Report of the Indian Hemp Drugs Commission, 1894-1895 - Volume VI
Year: 1894
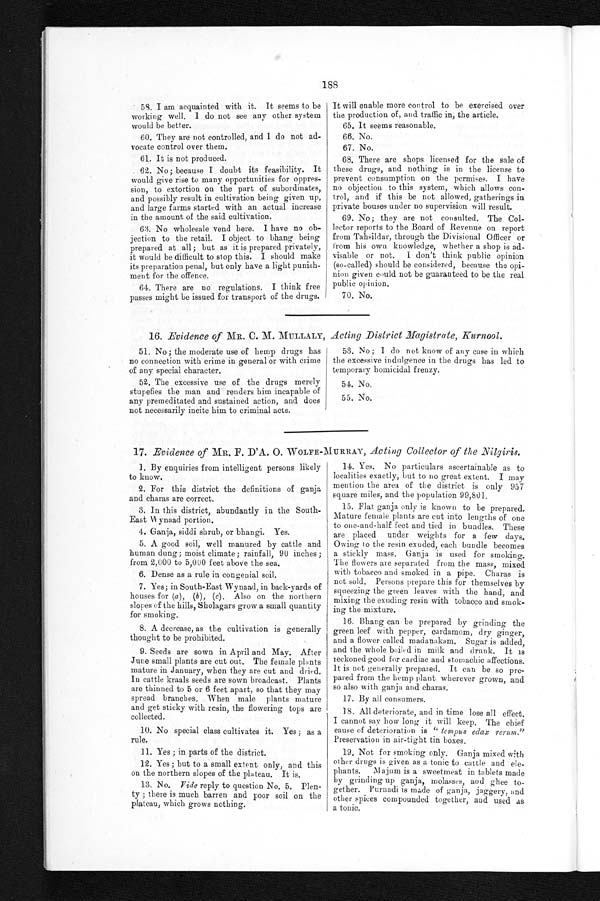
188
58. I am acquainted with it. It seems to be
working well. I do not see any other system
would be better.
60.They
a r e n o t c o n t r o l l e d , a n d I d o n o t a d - v o c a t e c o n t r o l o v e r t h e m .
61. It is not produced.
62. No; because I doubt its feasibility. It
would give rise to many opportunities for oppres-
sion, to extortion on the part of subordinates,
and possibly result in cultivation being given up,
and large farms started with an actual increase
in the amount of the said cultivation.
63. No wholesale vend here. I have no ob-
jection to the retail. I object to bhang being
prepared at all; but as it is prepared privately,
it would be difficult to stop this. I should make
its preparation penal, but only have a light punish--
ment for the offence.
64. There are uo regulations. I think free
passes might be issued for transport of the drugs.
It will enable more control to be exercised over
the production of, and traffic in, the article.
65. It seems reasonable.
66. No.
67. No.
68. There are shops licensed for the sale of
these drugs, and nothing is in the license to
prevent consumption on the permises. I have
no objection to this system, which allows con--
trol, and if this be not allowed, gatherings in
private houses under no supervision will result.
69. No; they are not consulted. The Col-
lector reports to the Board of Revenue on report
from Tahsildar, through the Divisional Officer or
from his own knowledge, whether a shop is ad-
- v i s a b l e o r n o t . I d o n ' t t h i n k p u b l i c o p i n i o n
(so-called) should be considered, because the opi--
nion given could not be guaranteed to be the real
public opinion.
70. No.
16. Evidence of MR. C. M. MULLALY, Acting District Magistrate, Kurnool.
51. No; the moderate use of hemp drugs has
no connection with crime in general or with crime
of any special character.
52. The excessive use of the drugs merely
stupefies the man and renders him incapable of
any premeditated and sustained action, and does
not necessarily incite him to criminal acts.
53. No; I do not know of any case in which
the excessive indulgence in the drugs has led to
temporary homicidal frenzy.
54. No.
55. No.
17. Evidence of MR. F. D'A. O. WOLFE-MURRAY, Acting Collector of the Nilgiris.
1. By enquiries from intelligent persons likely
to know.
2. For this district the definitions of ganja
and charas are correct.
3. In this district, abundantly in the South-
East Wynaad portion.
4. Ganja, siddi shrub, or bhangi. Yes.
5. A good soil, well manured by cattle and
human dung; moist climate; rainfall, 90 inches;
from 2,000 to 5,000 feet above the sea.
6. Dense as a rule in congenial soil.
7. Yes; in South-East Wynaad, in back-yards of
houses for (a), (b), (c). Also on the northern
slopes of the hills, Sholagars grow a small quantity
for smoking.
8. A decrease, as the cultivation is generally
thought to be prohibited.
9. Seeds are sown in April and May. After
June small plants are cut out. The female plants
mature in January, when they are cut and dried.
In cattle kraals seeds are sown broadcast. Plants
are thinned to 5 or 6 feet apart, so that they may
spread branches. When male plants mature
and get sticky with resin, the flowering tops are
c o l l e c t e d .
10. No special class cultivates it. Yes; as a
rule.
11. Yes; in parts of the district.
12. Yes; but to a small extent only, and this
on the northern slopes of the plateau. It is.
13. No. Vide reply to question No. 5. Plen--
ty; there is much barren and poor soil on the
plateau, which grows nothing.
14. Yes. No particulars ascertainable as to
localities exactly, but to no great extent. I may
mention the area of the district is only 957
square miles, and the population 99,801.
15. Flat ganja only is known to be prepared.
Mature female plants are cut into lengths of one
to one-and-half feet and tied in bundles. These
are placed under weights for a few days.
Owing to the resin exuded, each bundle becomes
a stickly mass. Ganja is used for smoking.
The flowers are separated from the mass, mixed
with tobacco and smoked in a pipe. Charas is
not sold. Persons prepare this for themselves by
squeezing the green leaves with the hand, and
mixing the exuding resin with tobacco and smok--
ing the mixture.
16.
Bhang can be prepared by grinding the
green leef with pepper, cardamom, dry ginger,
and a flower called madanakam. Sugar is added,
and the whole boiled in milk and drunk. It is
reckoned good for cardiac and stomachic affections.
It is not generally prepared. It can be so pre-
pared from the hemp plant wherever grown, and
so also with ganja and charas.
17. By all consumers.
18. All deteriorate, and in time lose all effect.
I cannot say how long it will keep. The chief
cause of deterioration is " tempus edax rerun."
Preservation in air-tight tin boxes.
19. Not for smoking only. Ganja mixed with
other drugs is given as a tonic to cattle and ele--
phants. Majum is a sweetmeat in tablets made
by grinding up ganja, molasses, and ghee to--
gether. Purnadi is made of ganja, jaggery, and
other spices compounded together, and used as
a tonic.